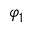
\varphi _ { 1 }